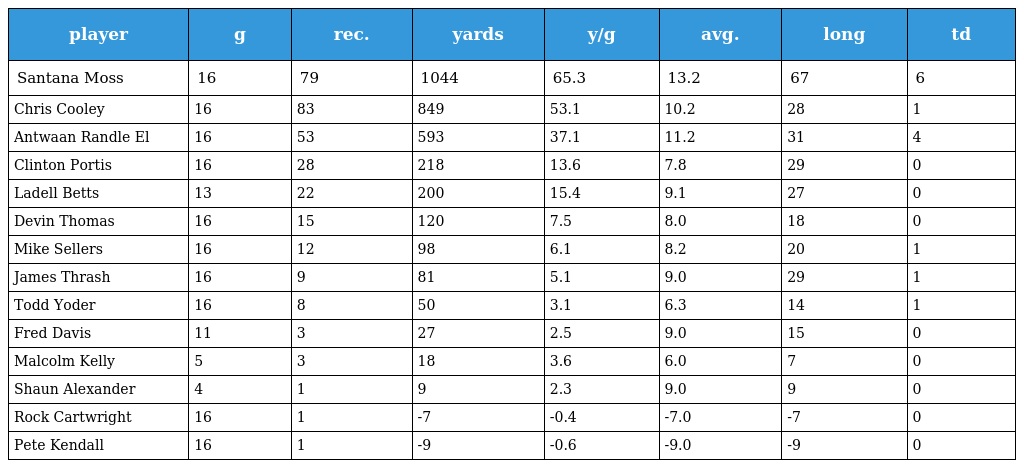
| player | g | rec. | yards | y/g | avg. | long | td |
 | --- | --- | --- | --- | --- | --- | --- | --- |
 | Santana Moss | 16 | 79 | 1044 | 65.3 | 13.2 | 67 | 6 |
 | Chris Cooley | 16 | 83 | 849 | 53.1 | 10.2 | 28 | 1 |
 | Antwaan Randle El | 16 | 53 | 593 | 37.1 | 11.2 | 31 | 4 |
 | Clinton Portis | 16 | 28 | 218 | 13.6 | 7.8 | 29 | 0 |
 | Ladell Betts | 13 | 22 | 200 | 15.4 | 9.1 | 27 | 0 |
 | Devin Thomas | 16 | 15 | 120 | 7.5 | 8.0 | 18 | 0 |
 | Mike Sellers | 16 | 12 | 98 | 6.1 | 8.2 | 20 | 1 |
 | James Thrash | 16 | 9 | 81 | 5.1 | 9.0 | 29 | 1 |
 | Todd Yoder | 16 | 8 | 50 | 3.1 | 6.3 | 14 | 1 |
 | Fred Davis | 11 | 3 | 27 | 2.5 | 9.0 | 15 | 0 |
 | Malcolm Kelly | 5 | 3 | 18 | 3.6 | 6.0 | 7 | 0 |
 | Shaun Alexander | 4 | 1 | 9 | 2.3 | 9.0 | 9 | 0 |
 | Rock Cartwright | 16 | 1 | -7 | -0.4 | -7.0 | -7 | 0 |
 | Pete Kendall | 16 | 1 | -9 | -0.6 | -9.0 | -9 | 0 |